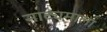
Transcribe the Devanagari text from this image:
नाट्यमाला